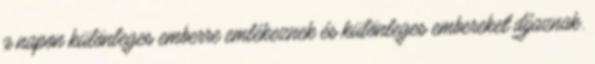
a napon különleges emberre emlékeznek és különleges embereket díjaznak.